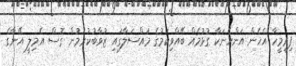
ފިރިމީހާ އެހެން އަންހެނަކާ ގުޅުމެއް ބޭއްވިކަމުގެ މައްސަލާގައި ޒުވާބުކުރަމުން ގޮސް އެމިލީ އޭނާގެ